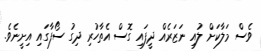
ވެސް މަލާކަށް ލުއި ނަޒަރެއް ދީފައި ގޮސް އެތާހުރި ދިގު ސޯފާގައި އިށީނެވެ.